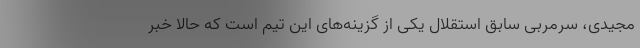
مجیدی، سرمربی سابق استقلال یکی از گزینه‌های این تیم است که حالا خبر